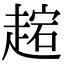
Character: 趤